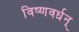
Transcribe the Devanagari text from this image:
विष्णवर्धन्